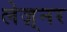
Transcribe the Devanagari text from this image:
लेज़्नर